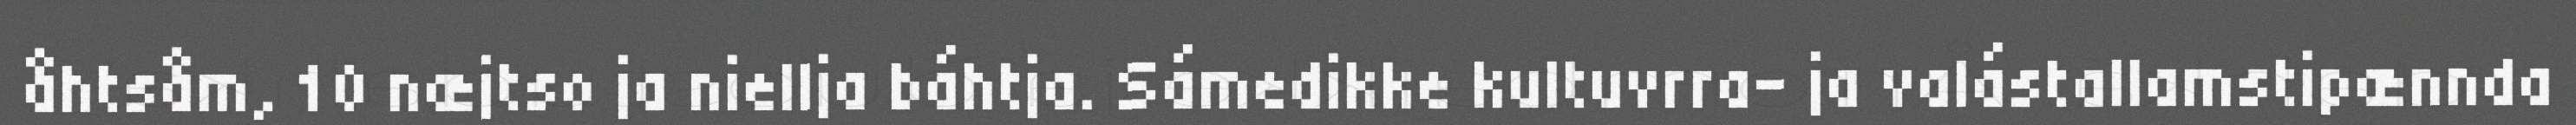
åhtsåm, 10 næjtso ja niellja báhtja. Sámedikke kultuvrra- ja valástallamstipænnda